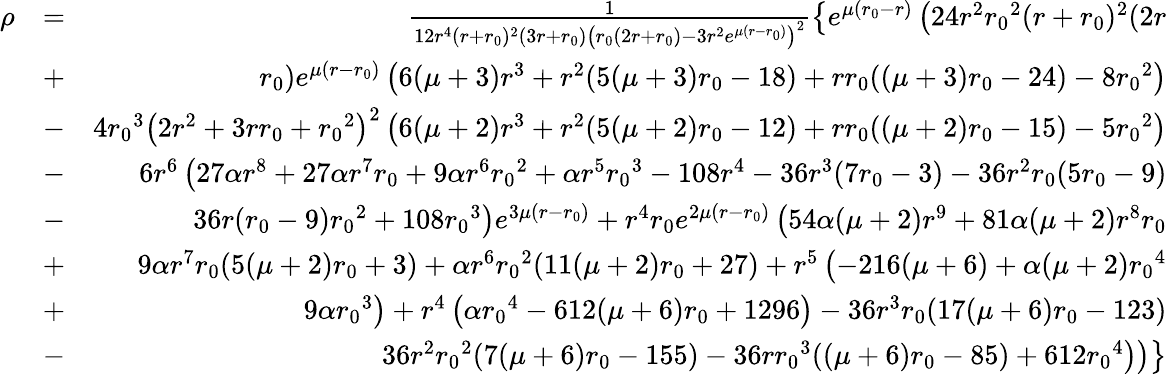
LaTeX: \begin{array}{rlr}{\rho}&{=}&{\frac{1}{12r^{4}(r+{r_{0}})^{2}(3r+{r_{0}})\left({r_{0}}(2r+{r_{0}})-3r^{2}e^{\mu(r-{r_{0}})}\right)^{2}}\left\lbrace e^{\mu({r_{0}}-r)}\left(24r^{2}{r_{0}}^{2}(r+{r_{0}})^{2}(2r\right.\right.}\\ &{+}&{\left.\left.{r_{0}})e^{\mu(r-{r_{0}})}\left(6(\mu+3)r^{3}+r^{2}(5(\mu+3){r_{0}}-18)+r{r_{0}}((\mu+3){r_{0}}-24)-8{r_{0}}^{2}\right)\right.\right.}\\ &{-}&{\left.\left.4{r_{0}}^{3}\left(2r^{2}+3r{r_{0}}+{r_{0}}^{2}\right)^{2}\left(6(\mu+2)r^{3}+r^{2}(5(\mu+2){r_{0}}-12)+r{r_{0}}((\mu+2){r_{0}}-15)-5{r_{0}}^{2}\right)\right.\right.}\\ &{-}&{\left.\left.6r^{6}\left(27\alpha r^{8}+27\alpha r^{7}{r_{0}}+9\alpha r^{6}{r_{0}}^{2}+\alpha r^{5}{r_{0}}^{3}-108r^{4}-36r^{3}(7{r_{0}}-3)-36r^{2}{r_{0}}(5{r_{0}}-9)\right.\right.\right.}\\ &{-}&{\left.\left.\left.36r({r_{0}}-9){r_{0}}^{2}+108{r_{0}}^{3}\right)e^{3\mu(r-{r_{0}})}+r^{4}{r_{0}}e^{2\mu(r-{r_{0}})}\left(54\alpha(\mu+2)r^{9}+81\alpha(\mu+2)r^{8}{r_{0}}\right.\right.\right.}\\ &{+}&{\left.\left.\left.9\alpha r^{7}{r_{0}}(5(\mu+2){r_{0}}+3)+\alpha r^{6}{r_{0}}^{2}(11(\mu+2){r_{0}}+27)+r^{5}\left(-216(\mu+6)+\alpha(\mu+2){r_{0}}^{4}\right.\right.\right.\right.}\\ &{+}&{\left.\left.\left.\left.9\alpha{r_{0}}^{3}\right)+r^{4}\left(\alpha{r_{0}}^{4}-612(\mu+6){r_{0}}+1296\right)-36r^{3}{r_{0}}(17(\mu+6){r_{0}}-123)\right.\right.\right.}\\ &{-}&{\left.\left.\left.36r^{2}{r_{0}}^{2}(7(\mu+6){r_{0}}-155)-36r{r_{0}}^{3}((\mu+6){r_{0}}-85)+612{r_{0}}^{4}\right)\right)\right\rbrace}\end{array}